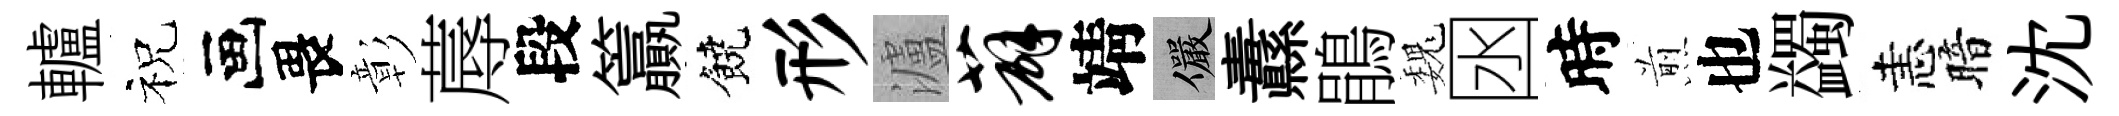
轤祝画畏彰蓐段籯饒形瀘薜靖儼纛鵑巍囦時煎也蠲恚暗沈